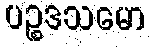
ပဉ္စဒသမော